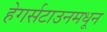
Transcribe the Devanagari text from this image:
हेगर्सटाउनमधून